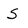
Character: s